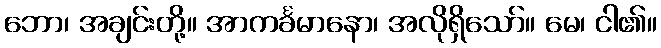
ဘော၊ အချင်းတို့။ အာကင်္ခမာနော၊ အလိုရှိသော်။ မေ၊ ငါ၏။